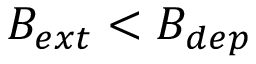
B _ { e x t } < B _ { d e p }